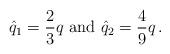
LaTeX: \begin{align*} \hat q_1= \frac 23 q \mbox{ and } \hat q_2 = \frac 49 q\,.\end{align*}